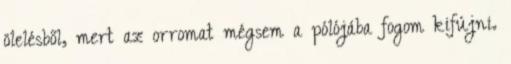
ölelésből, mert az orromat mégsem a pólójába fogom kifújni.